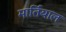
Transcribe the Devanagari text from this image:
मार्तियाल